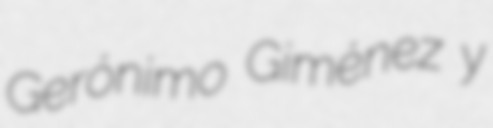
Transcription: Gerónimo Giménez y